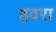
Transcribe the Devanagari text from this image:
हवरा